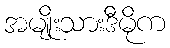
အမျိုးသားဒီမိုက